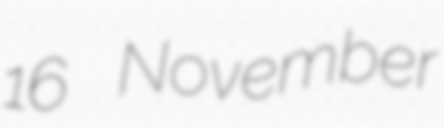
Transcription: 16 November